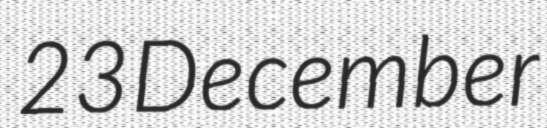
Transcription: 23 December